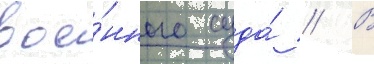
вое́нного суда́ // В